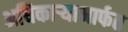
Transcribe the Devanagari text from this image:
अधिकार्‍यामार्फत